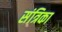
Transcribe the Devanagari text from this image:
संत्रिका